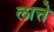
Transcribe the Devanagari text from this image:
लात्ते